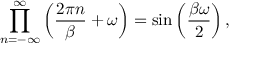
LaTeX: \prod _ { n = - \infty } ^ { \infty } \left( \frac { 2 \pi n } { \beta } + \omega \right) = \sin \left( \frac { \beta \omega } { 2 } \right) ,